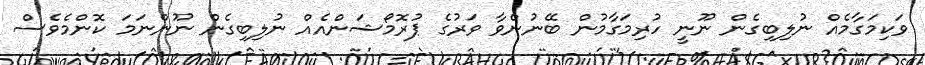
ވަކިމަގާމެއް ނުލިބިގެން ނޫނީ ހުރިމަގާމުން ބޭނުންވާ ވަރުގެ ޕުރޮމޯޝަންއެއް ނުލިބިގެން ނޫންނަމަ ކޮންމެވެސް